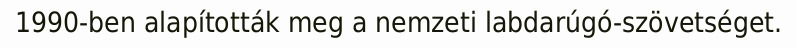
1990-ben alapították meg a nemzeti labdarúgó-szövetséget.